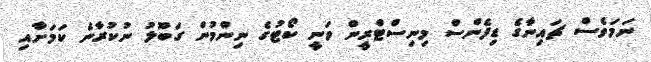
ނަމަވެސް ޗައިނާގެ ޑިފެންސް މިނިސްޓްރީން ވަނީ ކޯޓުގެ ނިންމުން ގަބޫލު ނުކުރާނެ ކަމަށާއި